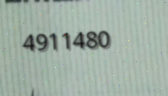
4911480